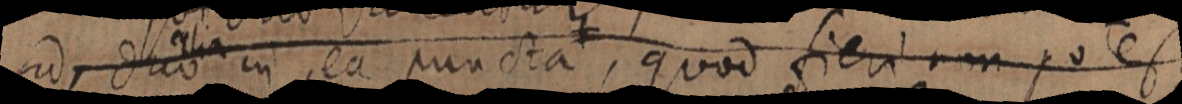
ad duo in ea puncta, quod fieri non potest